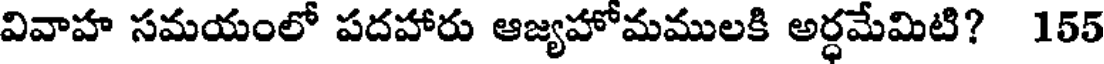
వివాహ సమయంలో పదహారు ఆజ్యహోమములకి అర్ధమేమిటి? 155